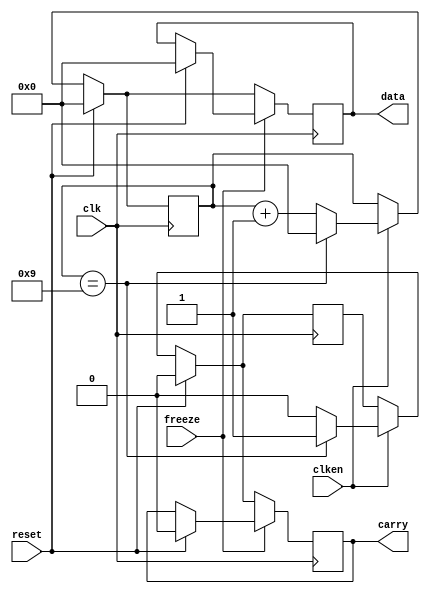
// 4-bit bcd counter

module bcd_counter (

	input clk,					// 50MHz clock
	input clken,				// clock enable for counting
	input reset,				// synchronous reset
	input freeze,				// feeze of the output data
	output reg [3:0] data,  // output data 0...9
	output reg carry);      // is 1 for 1clk after transition from 9 to 0
	
	
   // **************************************************
	//
	// TASK 2:  build the bcd counter
	//
	// **************************************************
	
	reg [3:0] cnt = 0;
	reg c = 0;
	
	always @(posedge clk) begin
		if (reset) begin
			cnt = 0;
			data = 0;
			carry = 0;
			c = 0;
		end else if (clken) begin
			if (cnt == 9) begin
				cnt = 0;
				c = 1;
			end else begin 
				cnt = cnt + 1;
				c = 0;
			end
		end
		if (!freeze) begin
			data = cnt;
			carry = c;
		end
	end

		
endmodule